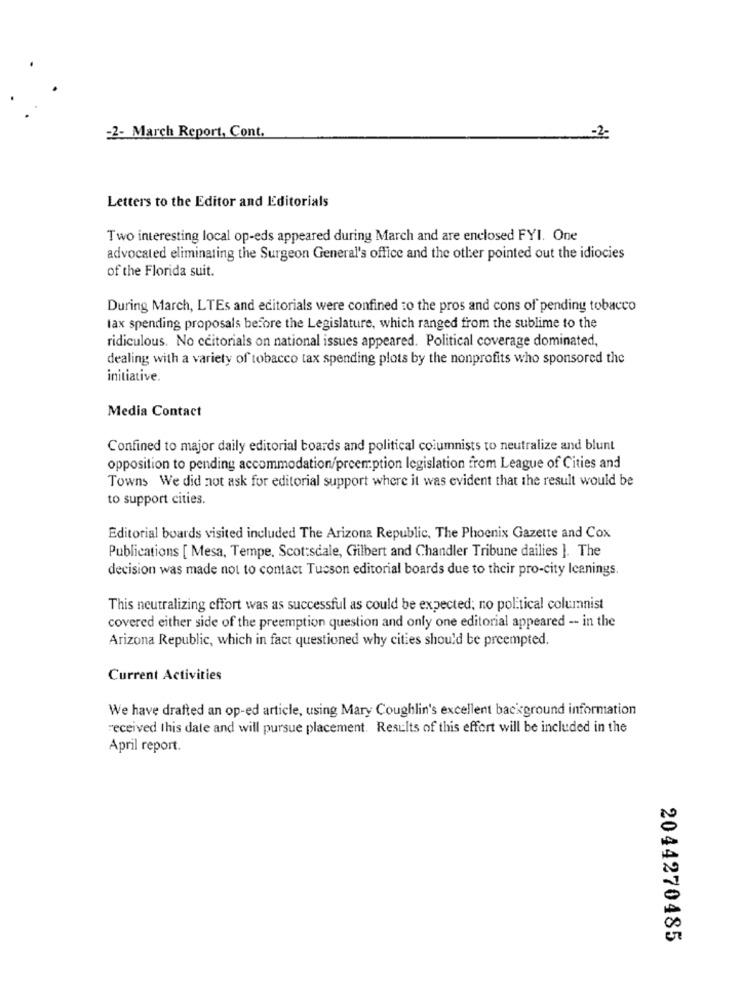
-2- March Report, Cont.
Letters to the Editor and Editorials
Two interesting local op-eds appeared during March and are enclosed FYI. One
advocated eliminating the Surgeon General's office and the other pointed out the idiocies
of the Florida suit.
During March, LTEs and editorials were confined to the pros and cons of pending tobacco
lax spending proposals before the Legislature, which ranged from the sublime to the
ridiculous. No ccitorials on national issues appeared. Political coverage dominated,
dealing with a variety of tobacco tax spending plots by the nonprofits who sponsored the
initiative.
Media Contact
Confined to major daily editorial boards and political columnists to neutralize and blunt
opposition to pending accommodation/preemption legislation from League of Cities and
Towns We did not ask for editorial support where it was evident that the result would be
to support cities.
Editorial boards visited included The Arizona Republic, The Phoenix Gazette and Cox
Publications [ Mesa, Tempe, Scottsdale, Gilbert and Chandler Tribune dailies ]. The
decision was made not to contact Tucson editorial boards due to their pro-city leanings.
This neutralizing effort was as successful as could be expected; no political columnist
covered either side of the preemption question and only one editorial appeared -- in the
Arizona Republic, which in fact questioned why cities should be preempted.
Current Activities
We have drafted an op-ed article, using Mary Coughlin's excellent background information
received this date and will pursue placement. Results of this effort will be included in the
April report.
2044270485